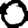
Digit: 0